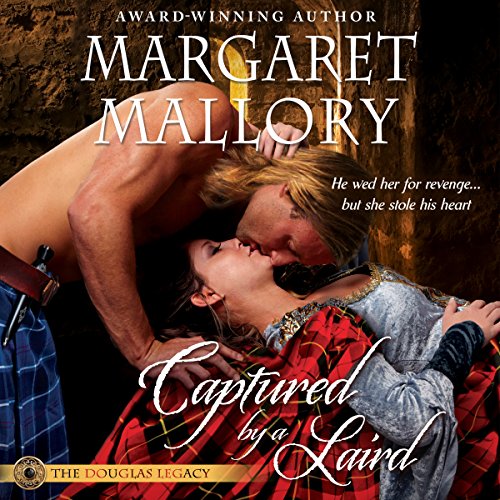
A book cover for Captured by a Laird: The Douglas Legacy, Book 1; Margaret Mallory; Romance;